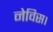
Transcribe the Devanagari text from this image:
नेविस।